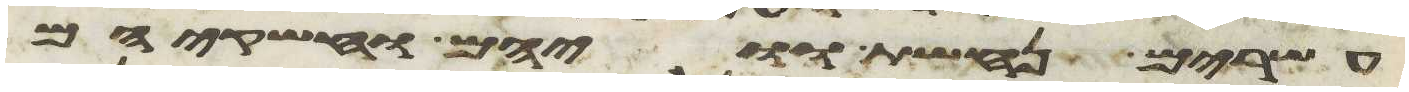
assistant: עשרים נחשת וויהם וחשקיהם